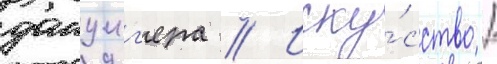
данциг'ера // Иску́сство /